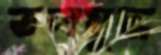
তলযুদ্ধ